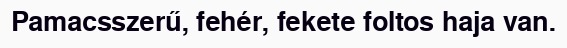
Pamacsszerű, fehér, fekete foltos haja van.